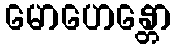
မောဟေန္တော